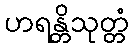
ဟရန္တိသုတ္တံ